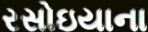
રસોઇયાના